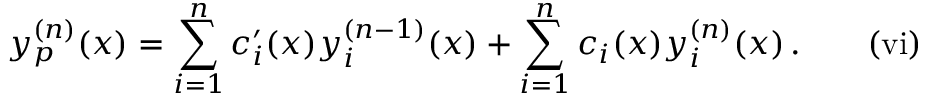
y _ { p } ^ { ( n ) } ( x ) = \sum _ { i = 1 } ^ { n } c _ { i } ^ { \prime } ( x ) y _ { i } ^ { ( n - 1 ) } ( x ) + \sum _ { i = 1 } ^ { n } c _ { i } ( x ) y _ { i } ^ { ( n ) } ( x ) \, \mathrm { . } \quad \quad \mathrm { { ( v i ) } }